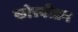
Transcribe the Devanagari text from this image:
कोस्वीडन